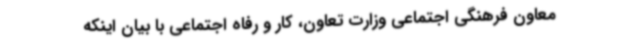
معاون فرهنگی اجتماعی وزارت تعاون، کار و رفاه اجتماعی با بیان اینکه